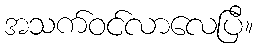
အသက်ဝင်လာလေပြီ။